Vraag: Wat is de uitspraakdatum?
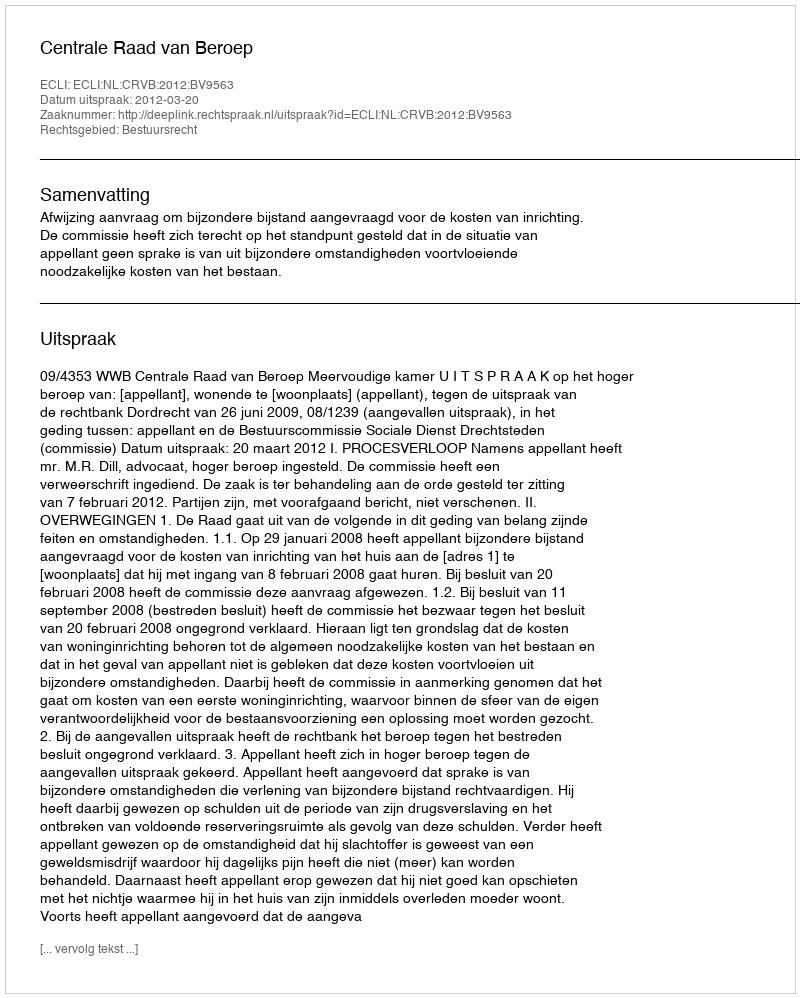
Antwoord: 2012-03-20